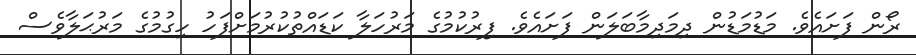
ރޯން ފަށައެވެ. މަޑުމަޑުން ދިމަދިމާބަލަން ފަށައެވެ. ފިރުކުމުގެ މަރުހަލާ ކަޑައްތުކުރުމަށްފަހު ހިގުމުގެ މަރުޙަލާވެސް